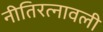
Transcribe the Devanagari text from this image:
नीतिरत्नावली